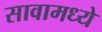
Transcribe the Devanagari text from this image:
सावामध्ये